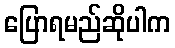
ပြောရမည်ဆိုပါက